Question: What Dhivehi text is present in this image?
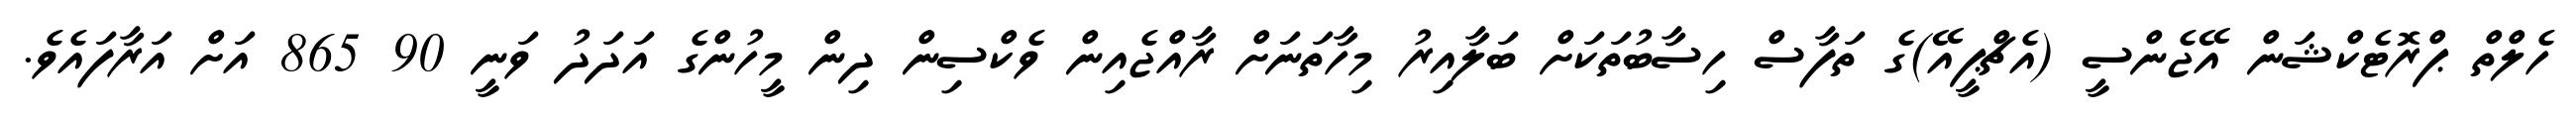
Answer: ހެލްތް ޕްރޮޓެކްޝަން އޭޖެންސީ (އެޗްޕީއޭ)ގެ ތަފާސް ހިސާބުތަކަށް ބަލާއިރު މިހާތަނަށް ރާއްޖެއިން ވެކްސިން ދިން މީހުންގެ އަދަދު ވަނީ 90 865 އަށް އަރާފައެވެ.